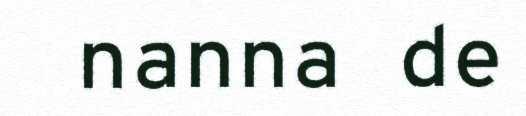
nanna de